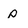
Character: p